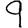
Digit: 9